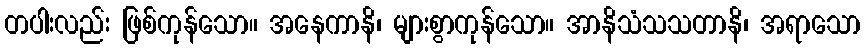
တပါးလည်း ဖြစ်ကုန်သော။ အနေကာနိ၊ များစွာကုန်သော။ အာနိသံသသတာနိ၊ အရာသော